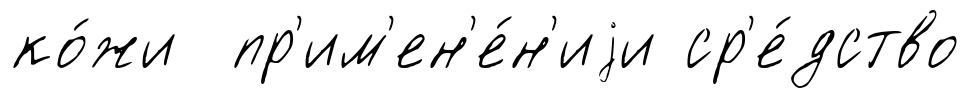
ко́жи пр'им'ен'е́н'иjи ср'е́дство